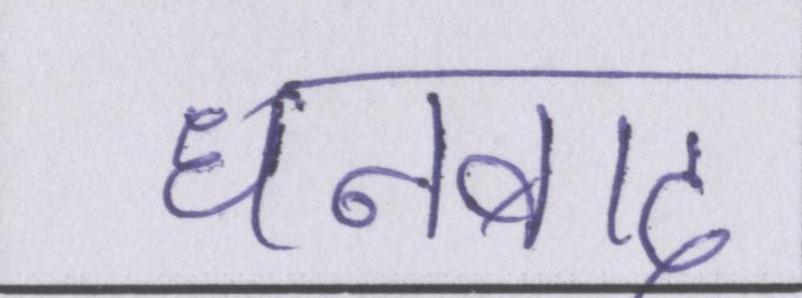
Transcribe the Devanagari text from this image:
धनबाद